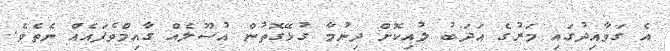
އެ ގަވާއިދުގައި މަރުގެ އަދަބު ލުއިކޮށް ދިނުމާ ގުޅޭގޮތުން އުސޫލެއް ގާއިމްވެފައެއް ނެތެވެ.